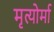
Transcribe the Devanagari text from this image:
मृत्योर्मा